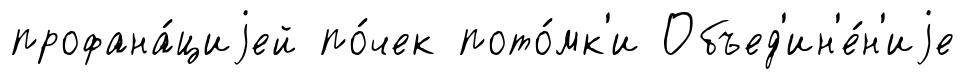
профана́циjей по́чек пото́мк'и Объед'ин'е́н'иjе